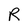
Character: R